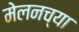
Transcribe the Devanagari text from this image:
मेलनच्या